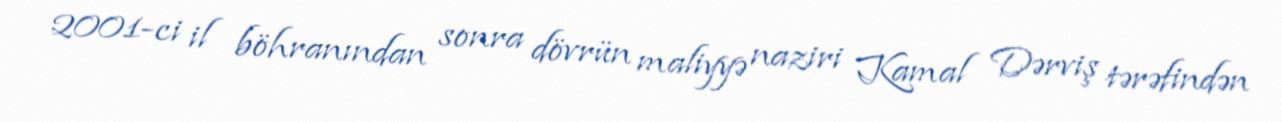
2001-ci il böhranından sonra dövrün maliyyə naziri Kamal Dərviş tərəfindən